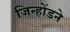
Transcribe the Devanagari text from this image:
जिन्होंडने